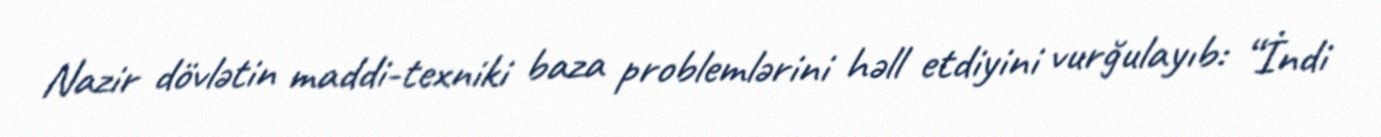
Nazir dövlətin maddi-texniki baza problemlərini həll etdiyini vurğulayıb: “İndi